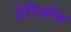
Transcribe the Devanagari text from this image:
टेरिलोन